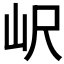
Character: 𡵸